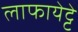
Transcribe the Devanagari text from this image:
लाफायेट्टे